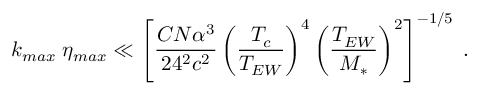
k _ { m a x } \; \eta _ { m a x } \ll \left[ \frac { C N \alpha ^ { 3 } } { 2 4 ^ { 2 } c ^ { 2 } } \left( \frac { T _ { c } } { T _ { E W } } \right) ^ { 4 } \left( \frac { T _ { E W } } { M _ { * } } \right) ^ { 2 } \right] ^ { - 1 / 5 } \; .